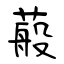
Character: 蒰